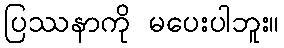
ပြဿနာကို မပေးပါဘူး။